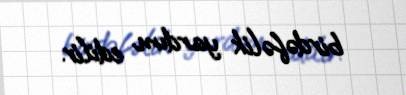
birdəfəlik yardım edilir.